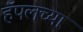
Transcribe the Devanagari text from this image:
हॅपलच्या